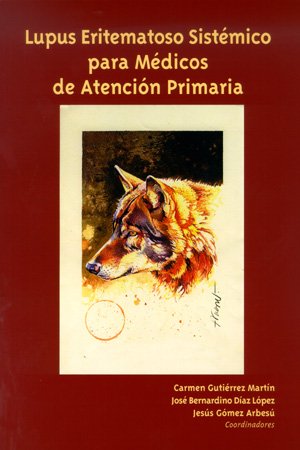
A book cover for Lupus eritematoso sistÃ©mico para mÃ©dicos de AtenciÃ³n Primaria; JesÃºs; DÃ­az LÃ³pez, JosÃ© Bernardino; GutiÃ©rrez MartÃ­n, Carmen GÃ³mez ArbesÃº; Health, Fitness & Dieting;